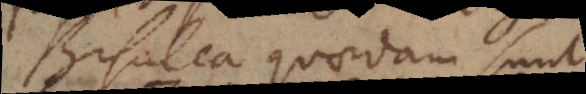
Bisulca quaedam sunt